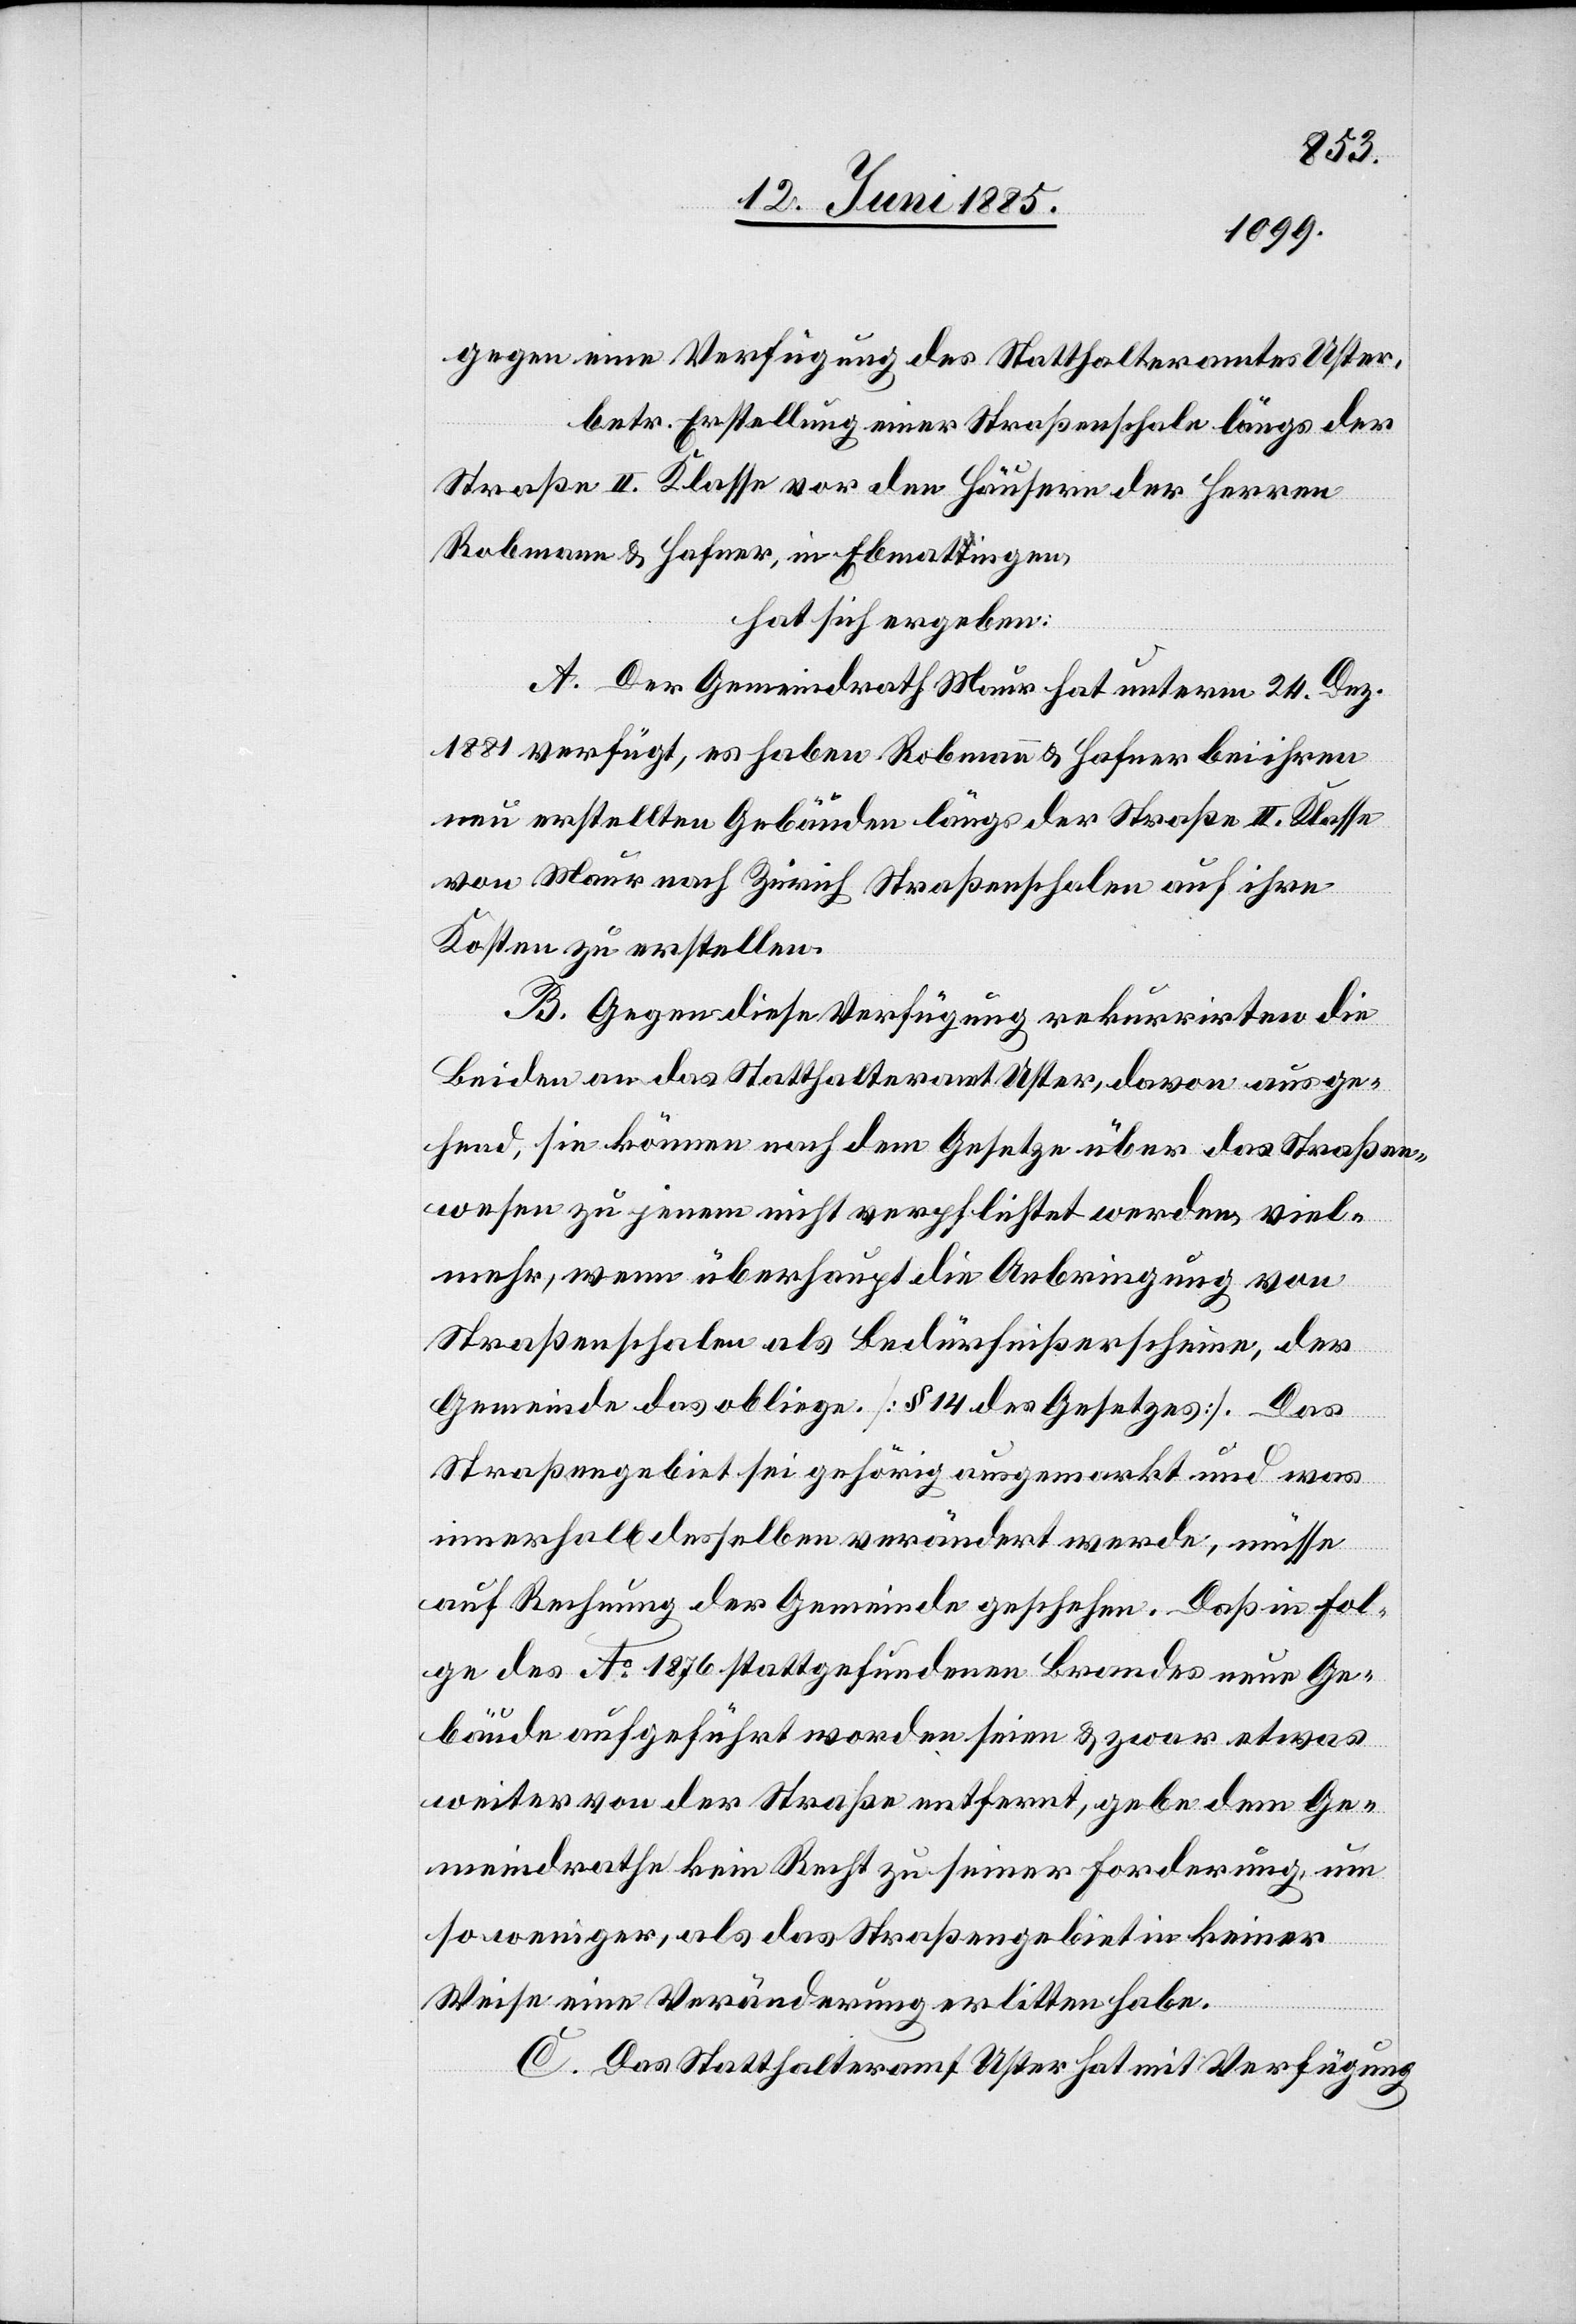
gegen eine Verfügung des Statthalteramtes Uster,
betr. Erstellung einer Straßenschale längs der
Straße II. Klasse vor den Häusern der Herren
Robmann & Hafner, in Ebmatingen,
hat sich ergeben:
A. Der Gemeindrath Maur hat unterm 24. Dez.
1881 verfügt, es haben Robmann & Hafner bei ihren
neu erstellten Gebäuden längs der Straße II. Klasse
von Maur nach Zürich Straßenschalen auf ihre
Kosten zu erstellen.
B. Gegen diese Verfügung rekurrirten die
Beiden an das Statthalteramt Uster, davon ausge¬
hend, sie können nach dem Gesetzes über das Straßen¬
wesen zu jenem nicht verpflichtet werden, viel¬
mehr, wenn überhaupt die Anbringung von
Straßenschalen als Bedürfniß erscheine der
Gemeinde das obliege. [§ 14 des Gesetzes]. Das
Straßengebiet sei gehörig ausgemarkt und was
innerhalb desselben verändert werde, müsse
auf Rechnung der Gemeinde geschehen. Daß in Fol¬
ge des Ao 1876 stattgefundenen Brandes neue Ge¬
bäude aufgeführt worden seien & zwar etwas
weiter von der Straße entfernt, gebe dem Ge¬
meindrath kein Recht zu seiner Forderung, um
so weniger, als das Straßengebiet in keiner
Weise eine Veränderung erlitten habe.
C. Das Statthalteramt Uster hat mit Verfügung